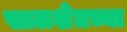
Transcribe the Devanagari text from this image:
सालशेतच्या